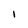
Character: l